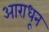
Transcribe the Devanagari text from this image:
आराधून